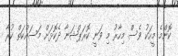
ކޮންމެ މީހަކު ވެސް މިހާރު މި ވަނީ ކޮރަޕްޝަނާ ދެކޮޅަށް މަސައްކަތް ކުރާ